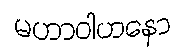
မဟာဝါဟနော